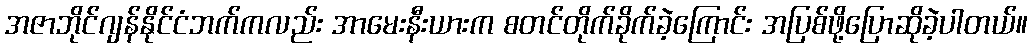
အဇာဘိုင်ဂျန်နိုင်ငံဘက်ကလည်း အာမေးနီးယားက စတင်တိုက်ခိုက်ခဲ့ကြောင်း အပြစ်ဖို့ပြောဆိုခဲ့ပါတယ်။